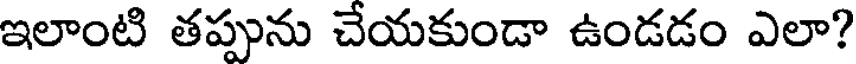
ఇలాంటి తప్పును చేయకుండా ఉండడం ఎలా?